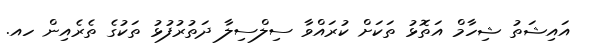
އައިޝަތު ޝިހާމް އަތޮޅު ތަކަށް ކުރައްވާ ސިލްސިލާ ދަތުރުފުޅު ތަކުގެ ތެރެއިން ހއ.